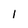
Character: 1